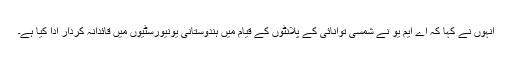
انہوں نے کہا کہ اے ایم یو نے شمسی توانائی کے پلانٹوں کے قیام میں ہندوستانی یونیورسٹیوں میں قائدانہ کردار ادا کیا ہے۔